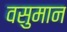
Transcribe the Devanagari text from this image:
वसुमान